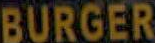
BURGER